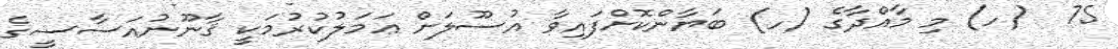
75  (ހ) މި މާއްދާގެ (ހ) ބަޔާންކޮށްފައިވާ އުސޫލަށް ޢަމަލުކުރުމަކީ ޤާނޫނުއަސާސީގެ